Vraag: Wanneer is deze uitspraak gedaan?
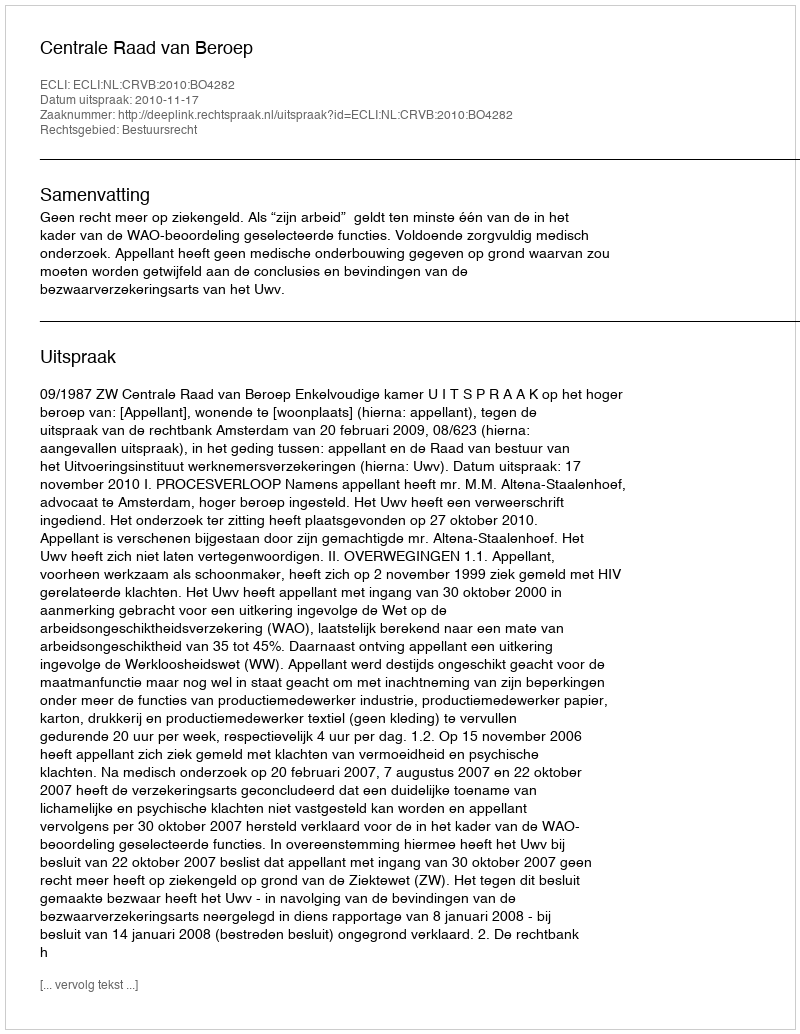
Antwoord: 2010-11-17